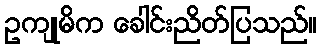
ဥကျုမိက ခေါင်းညိတ်ပြသည်။